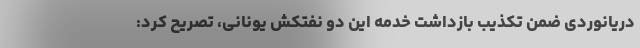
دریانوردی ضمن تکذیب بازداشت خدمه این دو نفتکش یونانی، تصریح کرد: